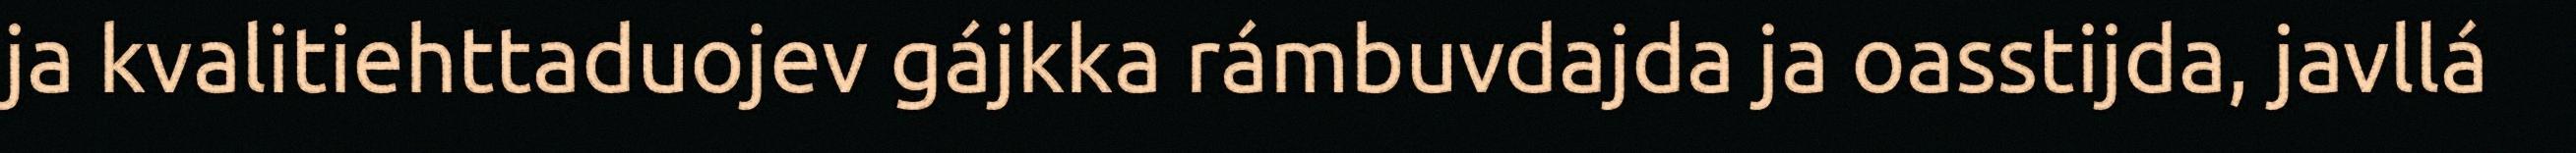
ja kvalitiehttaduojev gájkka rámbuvdajda ja oasstijda, javllá